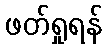
ဖတ်ရှုရန်